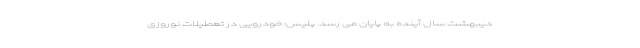
دیبهشت سال آینده به پایان می رسد. پلیس: خودرویی در تعطیلات نوروزی